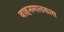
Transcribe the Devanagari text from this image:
वाहनमालकास